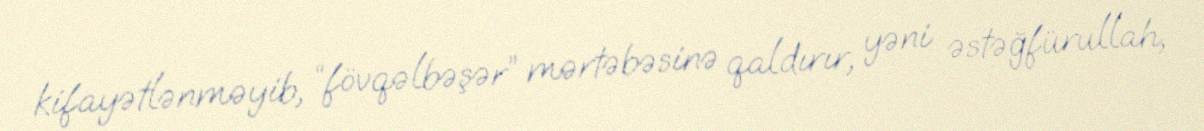
kifayətlənməyib, “fövqəlbəşər” mərtəbəsinə qaldırır, yəni əstəğfürullah,